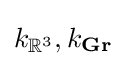
k_{\mathbb {R} ^{3}},k_{\mathbf {Gr} }